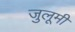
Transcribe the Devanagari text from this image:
जुलूमी